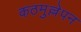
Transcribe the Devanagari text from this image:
कठमुल्लेपन